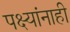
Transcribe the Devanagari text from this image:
पक्ष्यांनाही